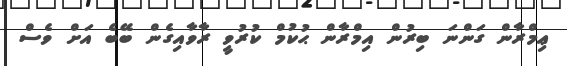
ޢިމްރާން ގަންނަ ބިރުން އިމްރާން ޙުކުމް ކުރުވީ ރާވާއިގެން ބޭބެ އަށް ވެސް